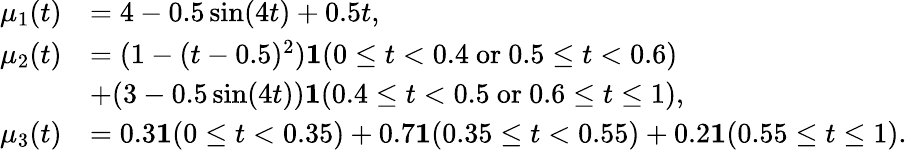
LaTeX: \begin{array}{rl}{\mu_{1}(t)}&{=4-0.5\sin(4t)+0.5t,}\\ {\mu_{2}(t)}&{=(1-(t-0.5)^{2})\mathbf 1(0\leq t<0.4~\mathrm{or}~0.5\leq t<0.6)}\\ &{+(3-0.5\sin(4t))\mathbf 1(0.4\leq t<0.5~\mathrm{or}~0.6\leq t\leq 1),}\\ {\mu_{3}(t)}&{=0.3\mathbf 1(0\leq t<0.35)+0.7\mathbf 1(0.35\leq t<0.55)+0.2\mathbf 1(0.55\leq t\leq 1).}\end{array}